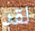
لقد